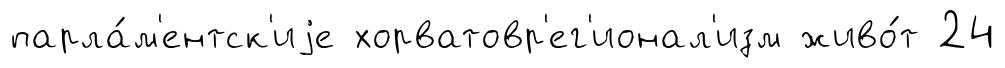
парла́м'ентск'иjе хорватовр'ег'ионал'изм живо́т 24